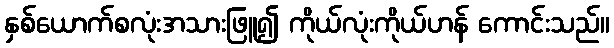
နှစ်ယောက်စလုံးအသားဖြူ၍ ကိုယ်လုံးကိုယ်ဟန် ကောင်းသည်။